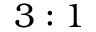
3 : 1